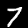
Digit: 7